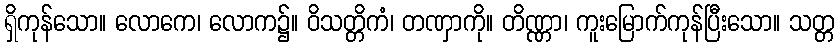
ရှိကုန်သော။ လောကေ၊ လောက၌။ ဝိသတ္တိကံ၊ တဏှာကို။ တိဏ္ဏာ၊ ကူးမြောက်ကုန်ပြီးသော။ သတ္တ